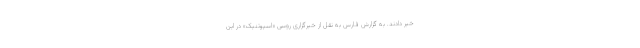
خبر دادند. به گزارش فارس به نقل از خبرگزاری روسی «اسپوتنیک» در این